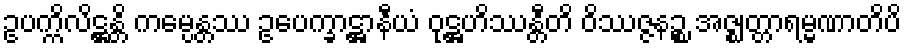
ဥပက္ကိလိဋ္ဌန္တိ ကမ္ပေန္တဿ ဥပေက္ခာဋ္ဌာနီယံ ဝုဋ္ဌဟိဿန္တီတိ ဝိဿဇ္ဇနဉ္စ အဇ္ဈတ္တာရမ္မဏာတိပိ